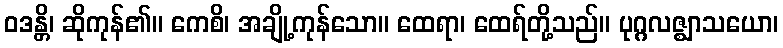
ဝဒန္တိ၊ ဆိုကုန်၏။ ကေစိ၊ အချို့ကုန်သော။ ထေရာ၊ ထေရ်တို့သည်။ ပုဂ္ဂလဇ္ဈာသယော၊